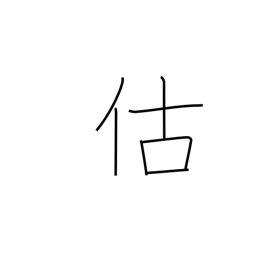
Meaning: business